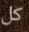
كل